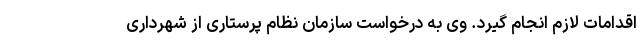
اقدامات لازم انجام گیرد. وی به درخواست سازمان نظام پرستاری از شهرداری